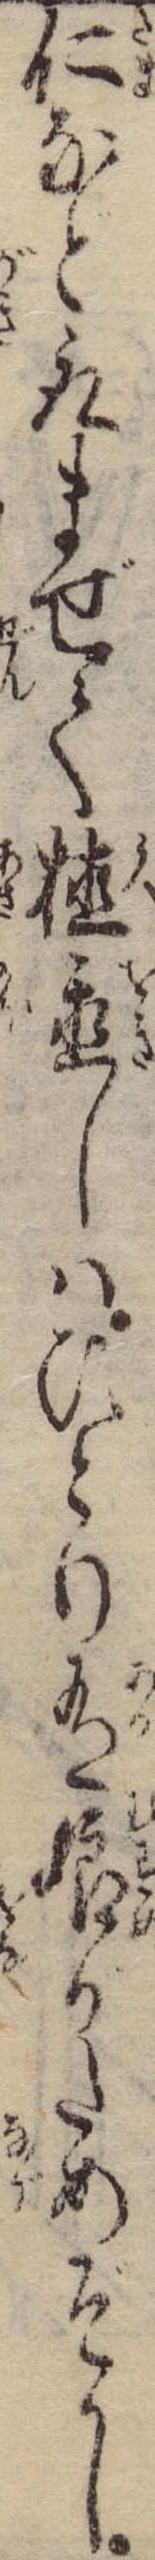
仁など取まぜて植置しはひとり有娘がためぞかし